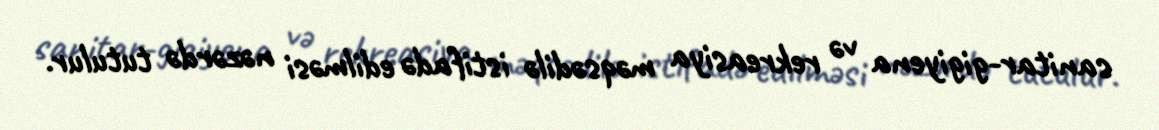
sanitar-gigiyena və rekreasiya məqsədilə istifadə edilməsi nəzərdə tutulur.